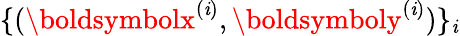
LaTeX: \{ (\boldsymbolx^{(\mathit{i})},\boldsymboly^{(\mathit{i})})\} _{\mathit{i}}